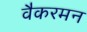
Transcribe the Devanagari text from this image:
वैकरमन